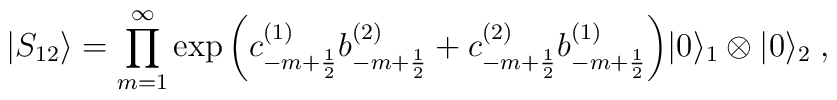
|S_{12}\rangle=\prod_{m=1}^{\infty}\exp{\left(c^{(1)}_{-m+\frac{1}{2}}b^{(2)}_{-m+\frac{1}{2}}+c^{(2)}_{-m+\frac{1}{2}}b^{(1)}_{-m+\frac{1}{2}}\right)}|0\rangle_{1}\otimes|0\rangle_{2}\;,